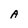
Character: A